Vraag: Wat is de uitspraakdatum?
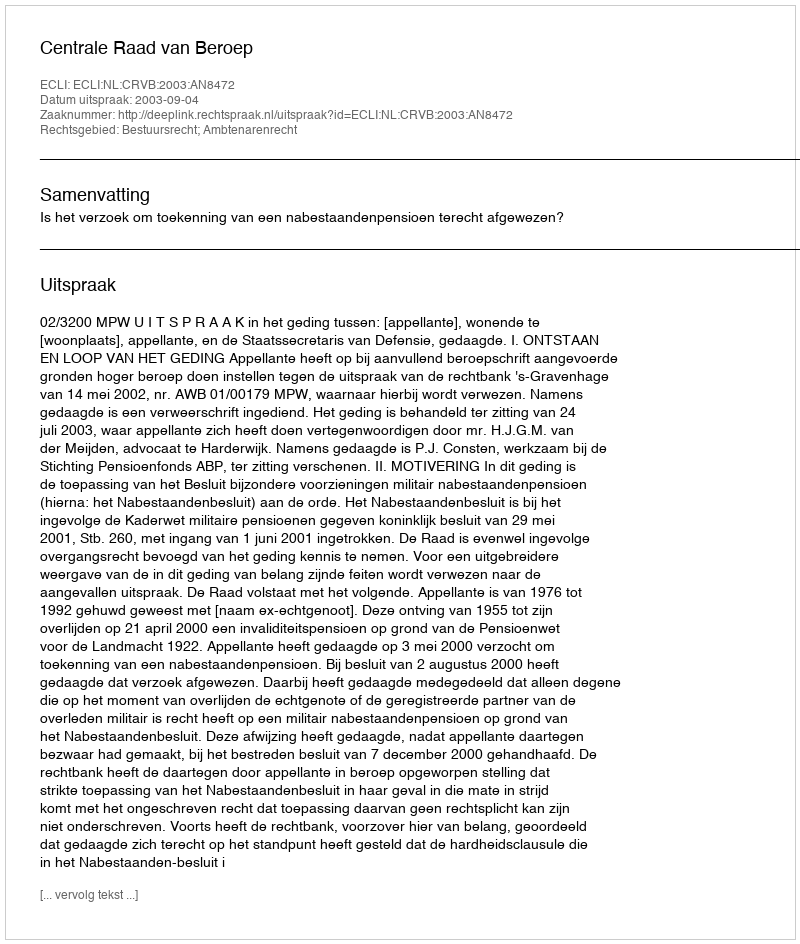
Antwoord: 2003-09-04